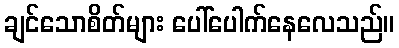
ချင်သောစိတ်များ ပေါ်ပေါက်နေလေသည်။